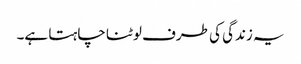
یہ زندگی کی طرف لوٹنا چاہتا ہے۔